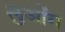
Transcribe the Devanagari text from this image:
लुओंग